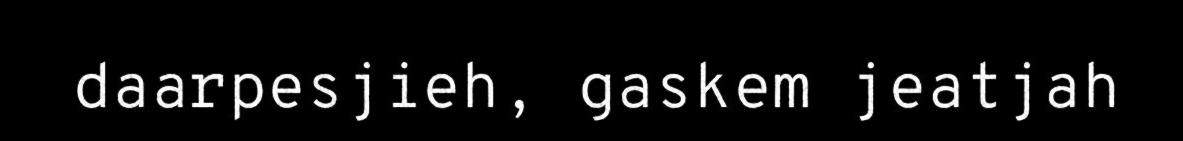
daarpesjieh, gaskem jeatjah